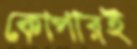
কোপারই